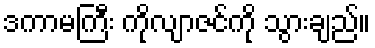
ဒကာမကြီး ကိုလျာဇင်ကို သွားချည်။